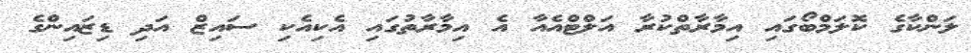
ލަންކާގެ ކޮލަމްބޯގައި އިމާރާތްކުރާ އަލްޓްއެއާ އެ އިމާރާތުގައި އެކިއެކި ސައިޒް އަދި ޑިޒައިންގެ